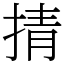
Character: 掅